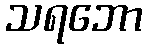
သရဘော